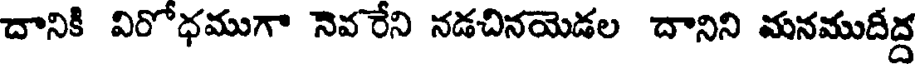
దానికి విరోధముగా నెవ రేని నడచినయెడల దానిని మనముదీద్ద